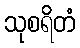
သုစရိတံ